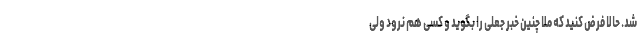
شد. حالا فرض کنید که ملا چنین خبر جعلی را بگوید و کسی هم نرود ولی